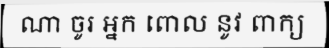
ណា ចូរ អ្នក ពោល នូវ ពាក្យ